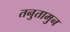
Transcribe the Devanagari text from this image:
तनुतामुन